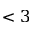
< 3